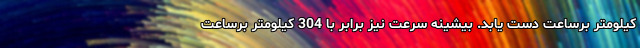
کیلومتر برساعت دست یابد. بیشینه سرعت نیز برابر با 304 کیلومتر برساعت